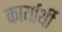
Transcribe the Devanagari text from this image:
कार्यार्थी